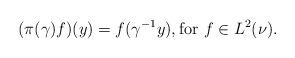
LaTeX: \begin{align*}(\pi(\gamma)f)(y) = f(\gamma^{-1}y), \textrm{for $f \in L^2(\nu)$}.\end{align*}